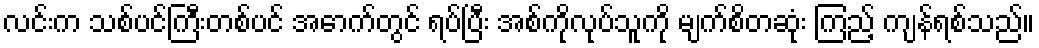
လင်းက သစ်ပင်ကြီးတစ်ပင် အောက်တွင် ရပ်ပြီး အစ်ကိုလုပ်သူကို မျက်စိတဆုံး ကြည့် ကျန်ရစ်သည်။